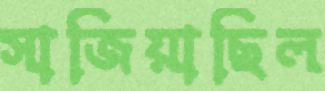
সাজিয়াছিল